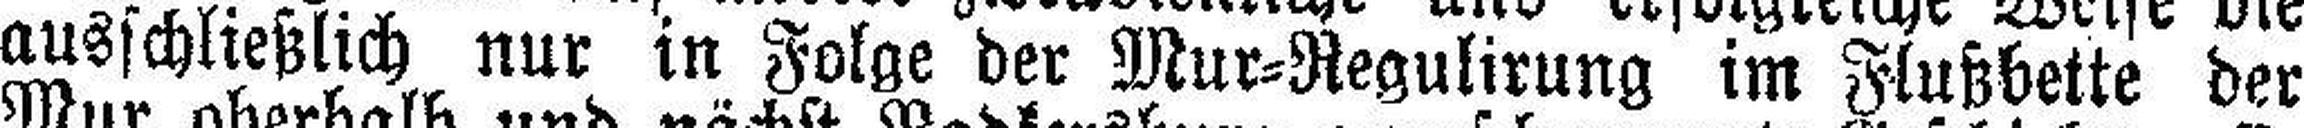
ausschließlich nur in Folge der Mur=Regulirung im Flußbette der